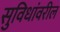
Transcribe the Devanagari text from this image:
सुविधांवरील